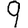
Digit: 9